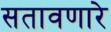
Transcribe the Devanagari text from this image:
सतावणारे